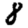
Digit: 8